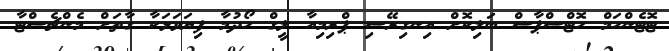
ޓޮޓެންހަމް ހޮޓްސްޕާސް ބަލިކޮށް އިނގިރޭސި ޕްރިމިއާ ލީގް ހޯދުމާ ފިޔަވަޅަކާ ގާތަށް މެންޗެސްޓާ